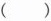
()